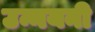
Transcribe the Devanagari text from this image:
उन्नयनी